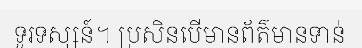
ទូរទស្សន៍។ ប្រសិនបើមានព័ត៌មានទាន់